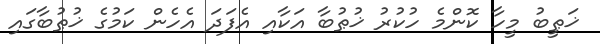
ޚަޠީބު މީހާ ކޮންމެ ހުކުރު ޚުޠުބާ އަކާއި އެފަދަ އެހެން ކަމުގެ ޚުޠުބާގައި